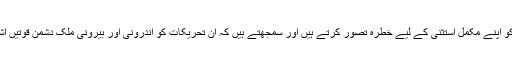
ریاستی ادارے اس قسم کی تحریکوں کو اپنے مکمل استثنیٰ کے لیے خطرہ تصور کرتے ہیں اور سمجھتے ہیں کہ ان تحریکات کو اندرونی اور بیرونی ملک دشمن قوتیں اشتعال کے لیے استعمال کر سکتی ہیں۔